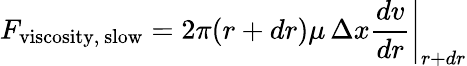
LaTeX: F_{\mathrm{viscosity,~slow}}=2\pi(r+dr)\mu\, \Delta x\left.{\frac{dv}{dr}}\right|_{r+dr}